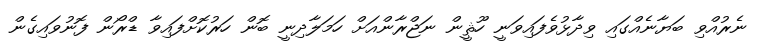
ނެރުއްވި ބަޔާނެއްގައި ވިދާޅުވެފައިވަނީ ހޫޘީން ނަޖްރާންއަށް ހަމަލާދިނީ ބޮން ހަރުކޮށްފައިވާ ޑްރޯން ފޮނުވައިގެން